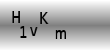
Text: H1vKm